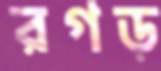
রগড়